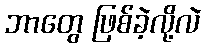
ဘာတွေ ဖြစ်ခဲ့လို့လဲ